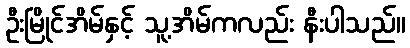
ဦးမြိုင်အိမ်နှင့် သူ့အိမ်ကလည်း နီးပါသည်။